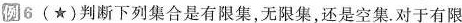
例6(★)判断下列集合是有限集，无限集，还是空集。对于有限